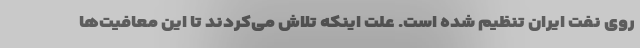
روی نفت ایران تنظیم شده است. علت اینکه تلاش می‌کردند تا این معافیت‌ها